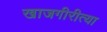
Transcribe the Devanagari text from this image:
खाजगीरीत्या